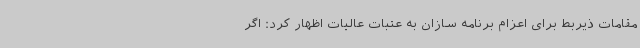
مقامات ذیربط برای اعزام برنامه سازان به عتبات عالیات اظهار کرد: اگر